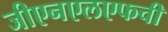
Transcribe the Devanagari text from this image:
जीएनएलएफची